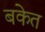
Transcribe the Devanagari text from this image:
बकेत